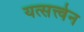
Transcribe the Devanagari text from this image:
यत्सत्त्वेन